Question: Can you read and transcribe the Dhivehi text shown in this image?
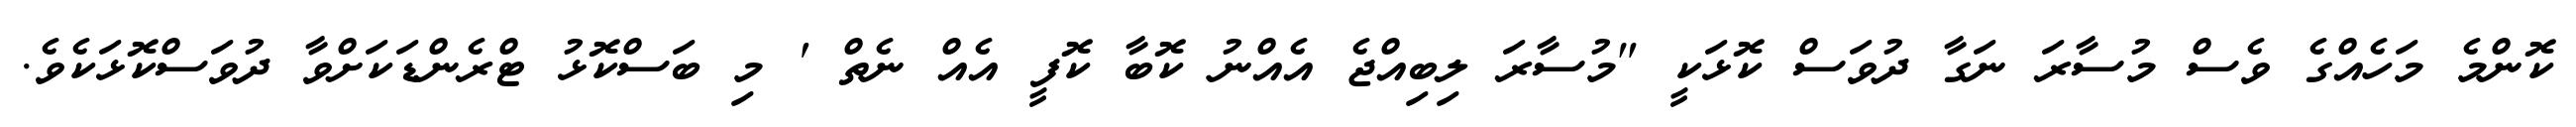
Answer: ކޮންމެ މަހެއްގެ ވެސް މުސާރަ ނަގާ ދުވަސް ކޮޅަކީ "މުސާރަ ލިބިއްޖެ އެއްނު ކޮބާ ކޮފީ އެއް ނެތް ' މި ބަސްކޮޅު ޓްރެންޑަކަށްވާ ދުވަސްކޮޅަކެވެ.